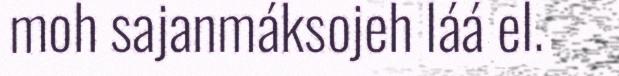
moh sajanmáksojeh láá el.